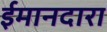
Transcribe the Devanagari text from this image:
ईमानदारा